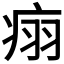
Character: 𬏬